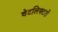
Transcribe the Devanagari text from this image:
वेटलिफ्टरों